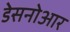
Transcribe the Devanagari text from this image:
डेसनोआर